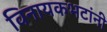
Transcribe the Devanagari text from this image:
विनायकभटांनी